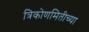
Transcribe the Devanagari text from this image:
त्रिकोणमितीच्या